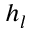
h _ { l }